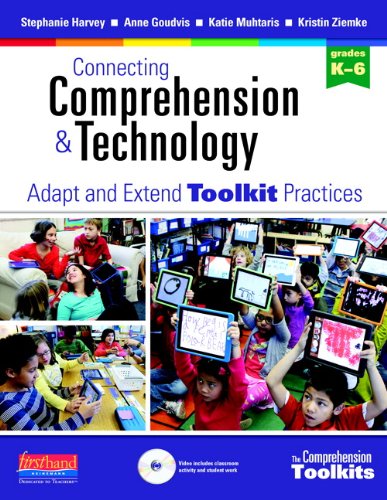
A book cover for Connecting Comprehension and Technology: Adapt and Extend Toolkit Practices; Stephanie Harvey; Education & Teaching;